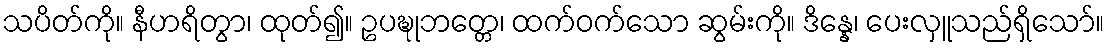
သပိတ်ကို။ နီဟရိတွာ၊ ထုတ်၍။ ဥပဍ္ဎုဘတ္တေ၊ ထက်ဝက်သော ဆွမ်းကို။ ဒိန္နေ၊ ပေးလှူသည်ရှိသော်။